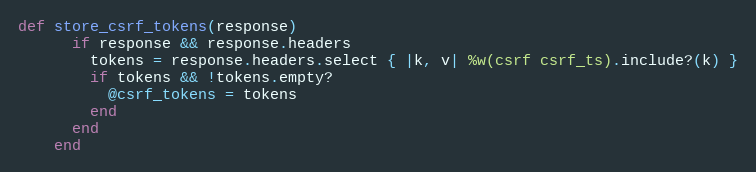
Language: Ruby
def store_csrf_tokens(response)
      if response && response.headers
        tokens = response.headers.select { |k, v| %w(csrf csrf_ts).include?(k) }
        if tokens && !tokens.empty?
          @csrf_tokens = tokens
        end
      end
    end